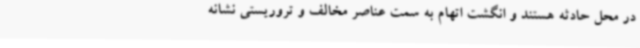
در محل حادثه هستند و انگشت اتهام به سمت عناصر مخالف و تروریستی نشانه